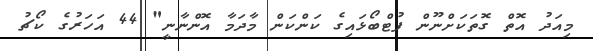
މިއަދު އޮތް ގޮތަކަށްނޫން ފުޓްބޯޅައިގެ ކަންކަން މާދަމާ އޮންނާނީ" 44 އަހަރުގެ ކޯޗު